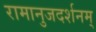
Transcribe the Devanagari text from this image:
रामानुजदर्शनम्